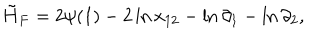
\tilde { H } _ { F } = 2 \psi ( 1 ) - 2 \ln x _ { 1 2 } - \ln \partial _ { 1 } - \ln \partial _ { 2 } ,